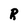
Character: R